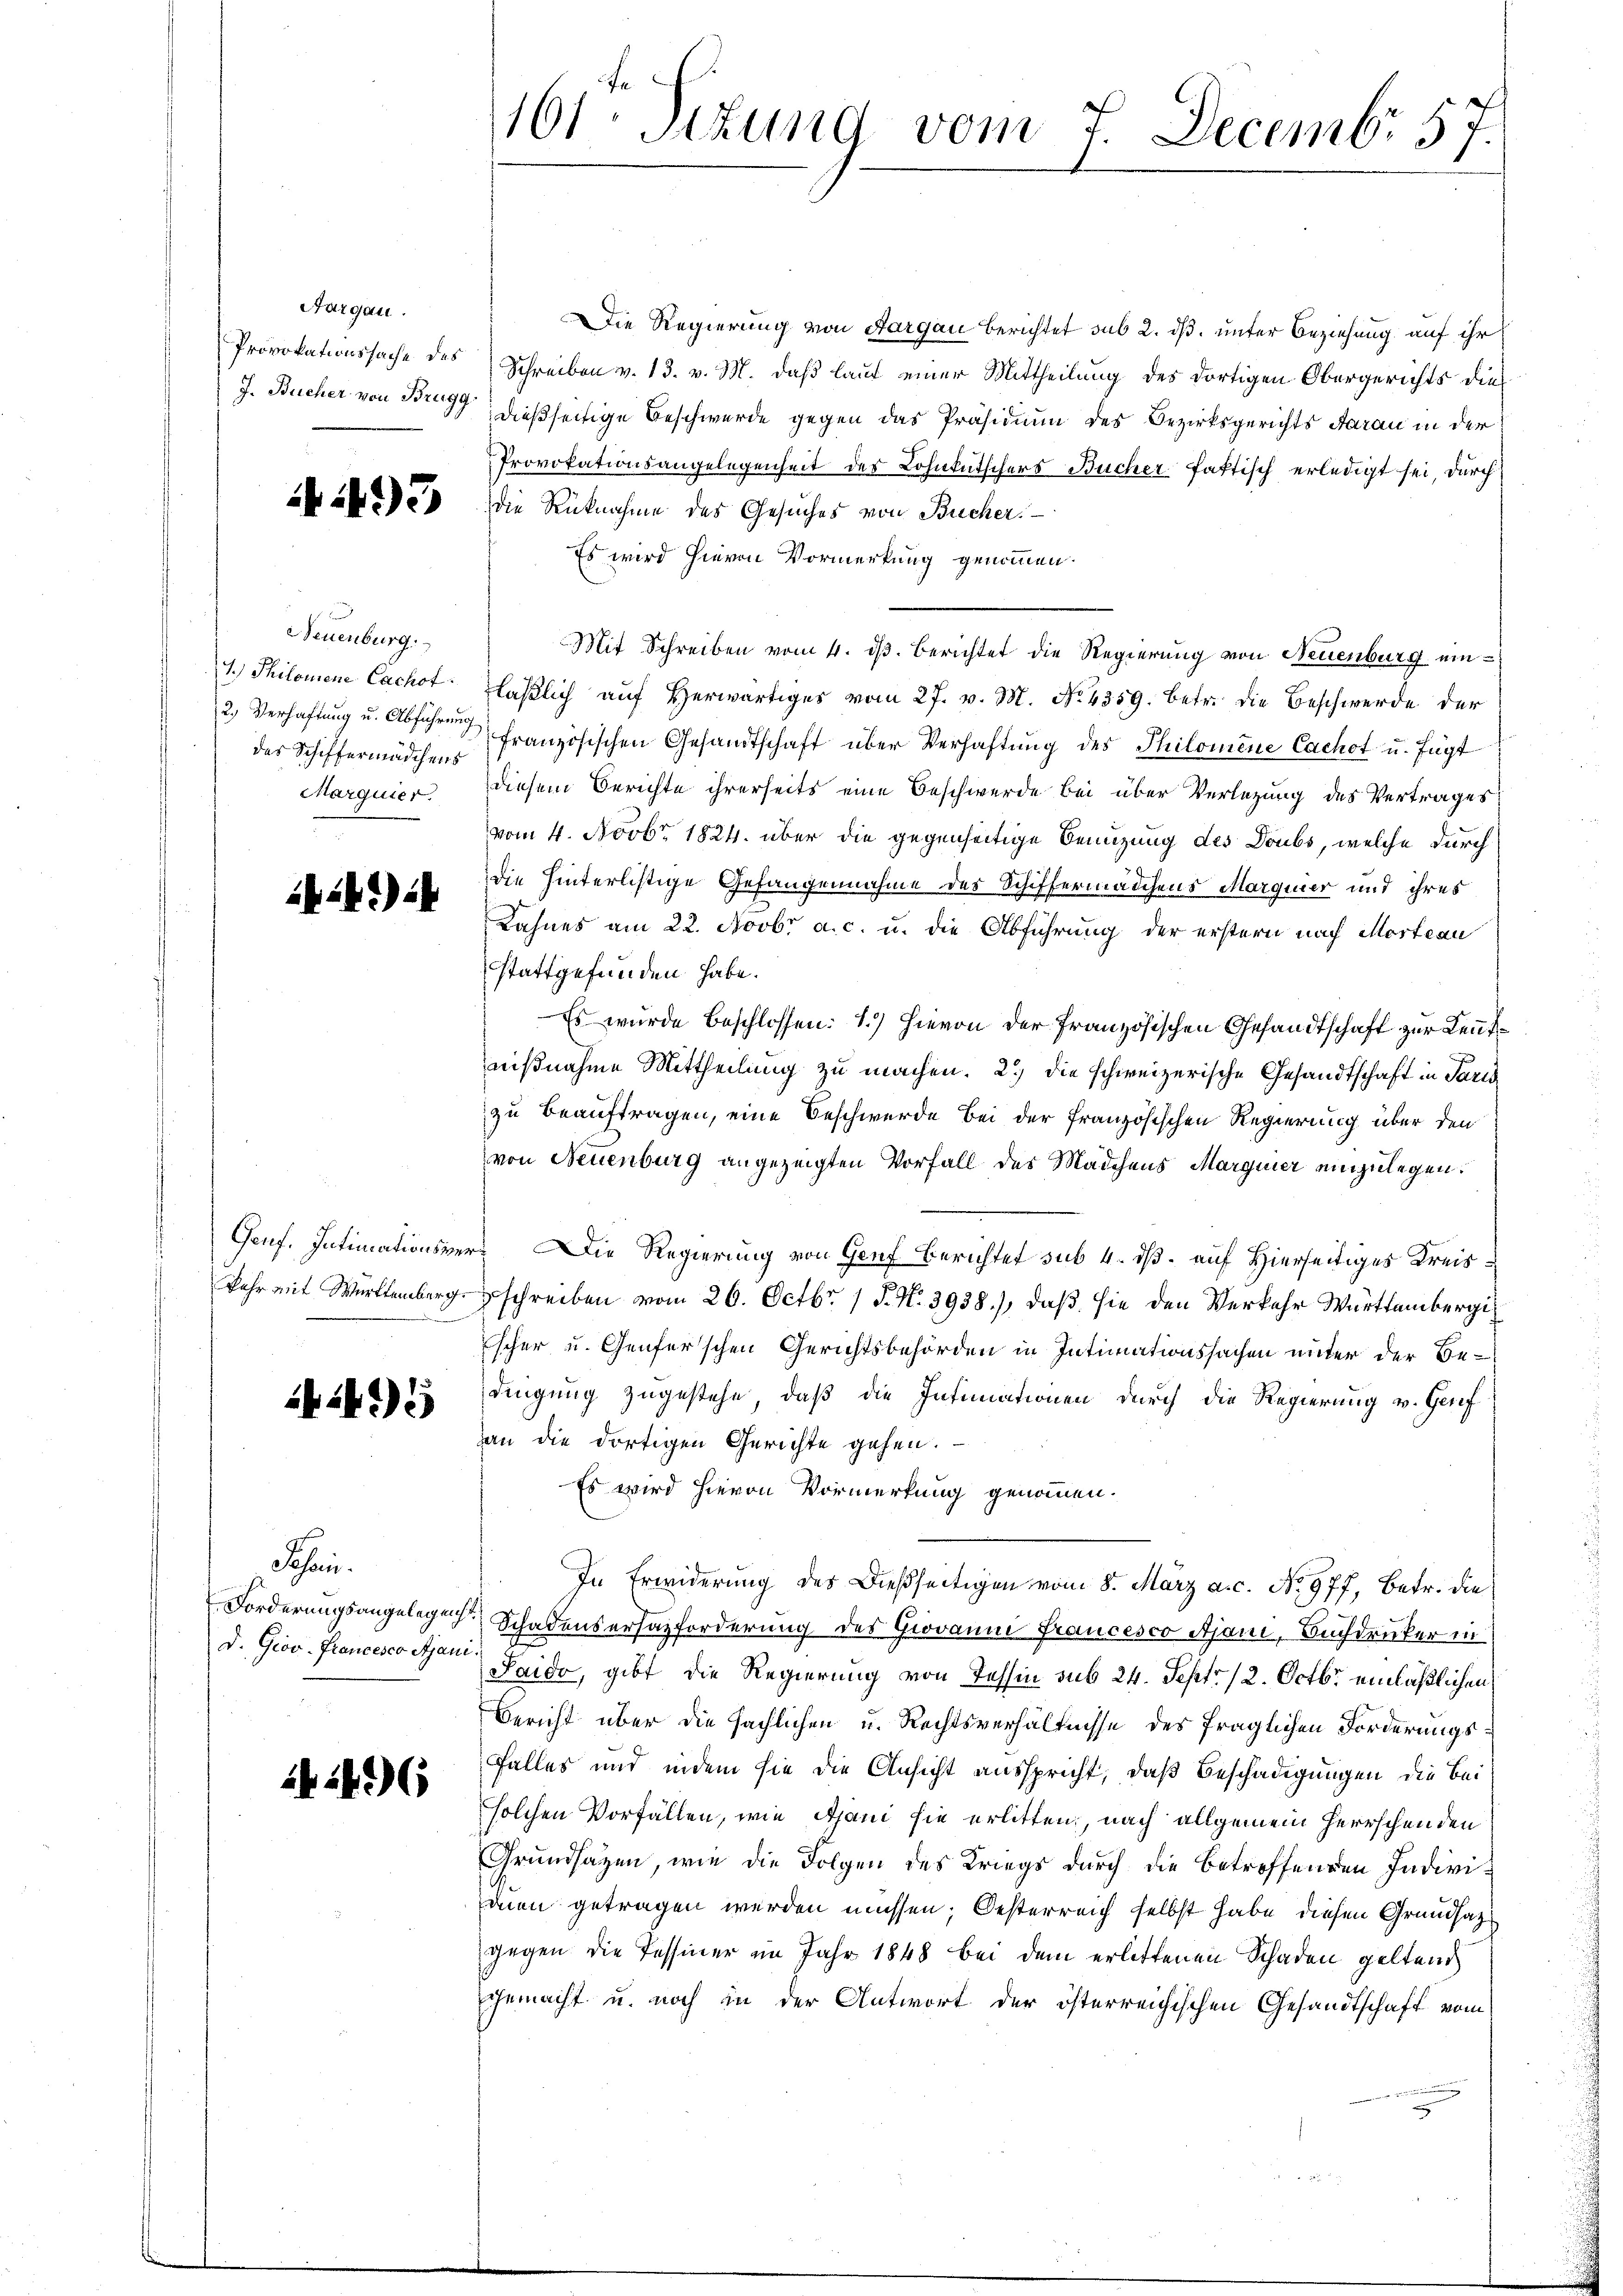
Aargau.

Neuenburg.
des Schiffermädchens

1242) i

ii4 *)

Schön.
D. Giov-Francesco Ajani.

263 (1

Die Regierung von Aargau berichtet sub 2. dß. unter Beziehung auf ihr
Provokationssache des Schreiben v. 13. v. M. daß laut einer Mittheilung des dortigen Obergerichts die¬
J. Bucher von Bregg dießseitige Beschwerde gegen das Präsidium des Bezirksgerichts darau in der
Provokationsangelegenheit des Lohnkutschers Bucher fattisch erledigt sei, durch
a aber die Rücknahme des Gesuches von Bücher.
Es wird hievon Vormerkung genommen.
Mit Schreiben vom 4. ds. Berichtet die Regierung von Neuenburg ein¬
1.) Philomene Cachof läβlich aŭf herwärtiges vom 27. v. M. No. 4359. betr. die Beschwerde der
2. Verhaftung u. Absich französischen Gesandtschaft über Verhaftung des Philomene Cachet u. fügt
Marquier diesem Berichte ihrerseits eine Beschwerde bei über Verlegung des Vertrages
vom 4. Novbr. 1824. über die gegenseitige Benuzung des Doubs, welche durch
die hinterlistige Gefangennahme des Schiffermädchens Marguier und ihres
Kahnes am 22. Novbr a. c. u. die Abführung der erstern nach Mosteau
stattgefunden habe.
Es wurde beschlossen: 1.) Hievon der französischen Gesandtschaft zur Leutnißnahme Mittheilung zu machen. 2.) die schweizerische Gesandtschaft in Paris
zu beauftragen, eine Beschwerde bei der französischen Regierung über den
von Neuenburg angezeigten Vorfall des Mädchens Marginer einzulegen.
Genf. Intimationsver- Die Regierung von Genf Berichtet sub 4. ds. auf Hierseitiges Kreis¬
Jahr mit Württemberg schreiben vom 26. Octbr. 1 S. N. 3938), daß sie den Verkehr Württembergischer u. Genferschen Gerichtsbehörden in Intimationssachen unter der Be-
dingung zugestehe, daß die Intimationen durch die Regierung v. Genf
an die dortigen Gerichte gehen.
Es wird hievon Vormerkung genommen.
In Erwiderung des Dießseitigen vom 8. März a.c. No 977, Betr. die
Forderungsangelegen Schadenserhazforderung des Giovanni francesco Ajani, Buchdrucker in
Saido, gibt die Regierung von Tessin sub 24. Sept. 12. Octbr. einläßlichen
Bericht über die sächlichen u. Rechtsverhältnisse des fraglichen Forderungs¬
Falles und indem sie die Ansicht ausspricht, daß Beschädigungen die Beisolchen Vorfällen, wie Spani sie erlitten, nach allgemein Herrschen den
Grundsazen, wie die Folgen des Kriegs durch die betreffenden Individuen getragen werden müssen; Oesterreich selbst habe, diesen Grundsatz
gegen die Tessiner im Jahr 1848 bei dem erlittenen Schaden geltend
gemacht u. noch in der Antwort der österreichischen Gesandtschaft vom

161. Situng vom 7. Decembr 57.